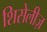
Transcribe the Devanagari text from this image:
शिसेलीज़